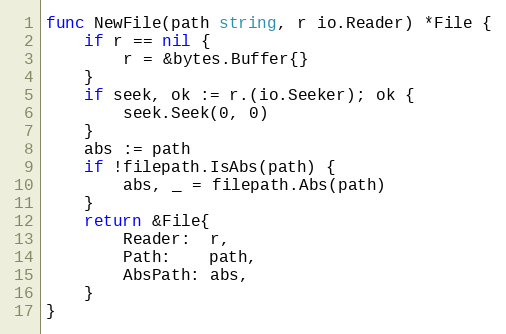
Language: Go
func NewFile(path string, r io.Reader) *File {
	if r == nil {
		r = &bytes.Buffer{}
	}
	if seek, ok := r.(io.Seeker); ok {
		seek.Seek(0, 0)
	}
	abs := path
	if !filepath.IsAbs(path) {
		abs, _ = filepath.Abs(path)
	}
	return &File{
		Reader:  r,
		Path:    path,
		AbsPath: abs,
	}
}